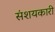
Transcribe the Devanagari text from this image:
संशयकारी